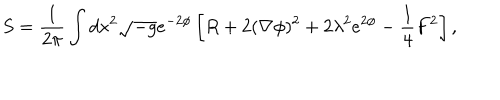
LaTeX: S = \frac { 1 } { 2 \pi } \int d x ^ { 2 } \sqrt { - g } e ^ { - 2 \phi } \left[ R + 2 ( \nabla \phi ) ^ { 2 } + 2 \lambda ^ { 2 } e ^ { 2 \phi } - \frac { 1 } { 4 } F ^ { 2 } \right] ,